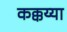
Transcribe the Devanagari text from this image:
कक्कय्या